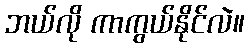
ဘယ်လို ကာကွယ်နိုင်လဲ။